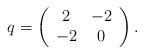
LaTeX: \begin{align*}q = \left( \begin{array}{cc} 2 & -2 \\ -2 & 0 \end{array} \right) .\end{align*}